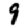
Digit: 9